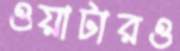
ওয়াটারও